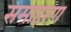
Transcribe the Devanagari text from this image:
समाहरण